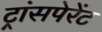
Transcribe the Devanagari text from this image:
ट्रांसपेरेंट